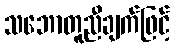
သဘောတူညီချက်ဖြင့်